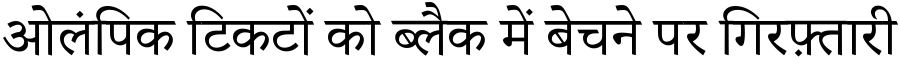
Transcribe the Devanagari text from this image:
ओलंपिक टिकटों को ब्लैक में बेचने पर गिरफ़्तारी